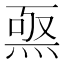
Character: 𤊅